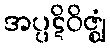
အပ္ပဋိဝိဇ္ဈံ